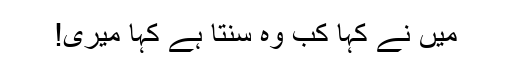
میں نے کہا کب وہ سنتا ہے کہا میری!